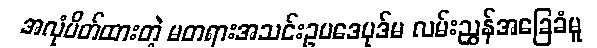
အလုံပိတ်ထားတဲ့ မတရားအသင်းဥပဒေပုဒ်မ လမ်းညွှန်အခြေခံမူ